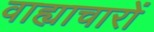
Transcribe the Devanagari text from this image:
वाह्याचारों